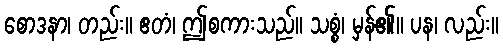
စောဒနာ၊ တည်း။ ဧတံ၊ ဤစကားသည်။ သစ္စံ၊ မှန်၏။ ပန၊ လည်း။